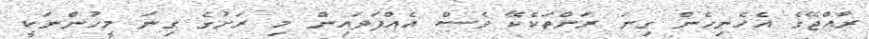
ރާއްޖޭގެ އެހެނިހެން ގިނަ ރަށްތަކެކޭ ވެސް އެއްފަދައިން މި ރަށުގެ ގިނަ މީހުންނަކީ